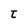
Character: t